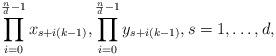
LaTeX: \begin{align*}\prod_{i=0}^{\frac{n}{d}-1} x_{s+i (k-1)},\prod_{i=0}^{\frac{n}{d}-1} y_{s+i (k-1)},s=1,\ldots, d,\end{align*}